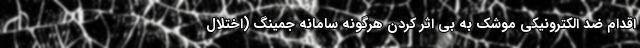
اقدام ضد الکترونیکی موشک به بی اثر کردن هرگونه سامانه جمینگ (اختلال